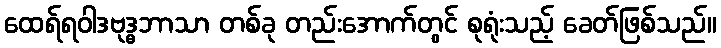
ထေရ်ရဝါဒဗုဒ္ဓဘာသာ တစ်ခု တည်းအောက်တွင် စုရုံးသည့် ခေတ်ဖြစ်သည်။